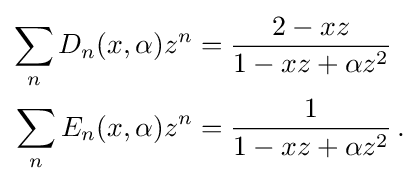
{\begin{aligned}\sum _{n}D_{n}(x,\alpha )z^{n}&={\frac {2-xz}{1-xz+\alpha z^{2}}}\\\sum _{n}E_{n}(x,\alpha )z^{n}&={\frac {1}{1-xz+\alpha z^{2}}}\,.\end{aligned}}